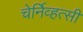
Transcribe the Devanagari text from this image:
चेर्निव्हत्सी